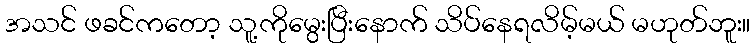
အသင် ဖခင်ကတော့ သူ့ကိုမွေးပြီးနောက် သိပ်နေရလိမ့်မယ် မဟုတ်ဘူး။